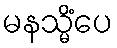
မနသ္မိံပေ